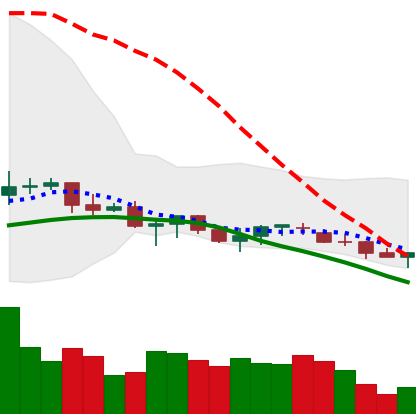
Ticker: XLM-USD
Chart end date: 2021-06-20
Forward return: -18.491%
Label: down_7plus